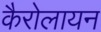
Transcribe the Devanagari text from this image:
कैरोलायन